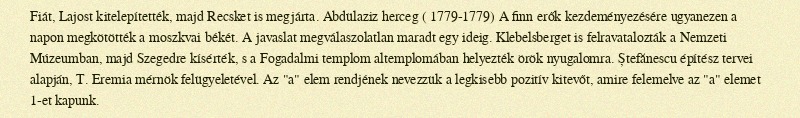
Fiát, Lajost kitelepítették, majd Recsket is megjárta. Abdülaziz herceg ( 1779-1779) A finn erők kezdeményezésére ugyanezen a napon megkötötték a moszkvai békét. A javaslat megválaszolatlan maradt egy ideig. Klebelsberget is felravatalozták a Nemzeti Múzeumban, majd Szegedre kísérték, s a Fogadalmi templom altemplomában helyezték örök nyugalomra. Ștefănescu építész tervei alapján, T. Eremia mérnök felügyeletével. Az "a" elem rendjének nevezzük a legkisebb pozitív kitevőt, amire felemelve az "a" elemet 1-et kapunk.